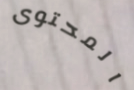
المحتوى